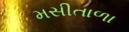
મસીતાળા